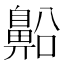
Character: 𪖝